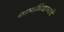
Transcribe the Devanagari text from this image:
नामाभिधानाचे